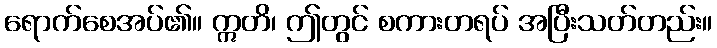
ရောက်စေအပ်၏။ ဣတိ၊ ဤတွင် စကားတရပ် အပြီးသတ်တည်း။